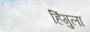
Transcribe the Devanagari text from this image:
हिंगुला